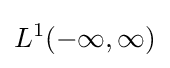
L^{1}(-\infty ,\infty )